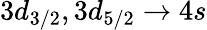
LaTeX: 3d_{3/2},3d_{5/2}\rightarrow 4s